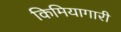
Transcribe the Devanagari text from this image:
किमियागारी